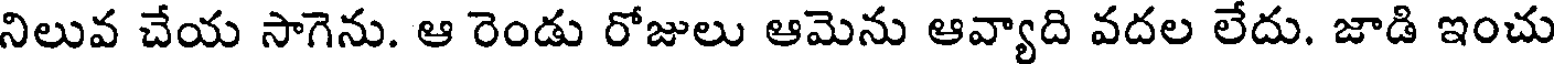
నిలువ చేయ సాగెను. ఆ రెండు రోజులు ఆమెను ఆవ్యాది వదల లేదు. జాడి ఇంచు